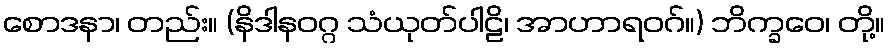
စောဒနာ၊ တည်း။ (နိဒါနဝဂ္ဂ သံယုတ်ပါဠိ၊ အာဟာရဝဂ်။) ဘိက္ခဝေ၊ တို့။